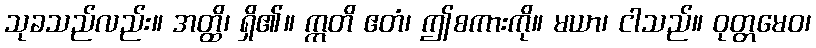
သုခသည်လည်း။ အတ္ထိ၊ ရှိ၏။ ဣတိ ဧတံ၊ ဤစကားကို။ မယာ၊ ငါသည်။ ဝုတ္တမေဝ၊